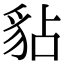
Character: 𧲸